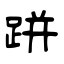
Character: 跰